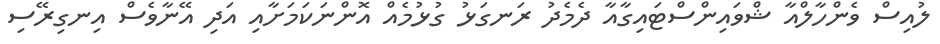
ލުއިސް ވެންހާލްއާ ޝްވައިންސްޓައިގާއާ ދެމެދު ރަނގަޅު ގުޅުމެއް އޮންނަކަމަށާއި އަދި އޭނާވެސް އިނގިރޭސި